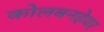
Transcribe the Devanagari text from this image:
कोलबनहेयर